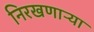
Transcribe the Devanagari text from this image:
निरखणाऱ्या